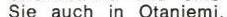
Sie auch in Otaniemi.